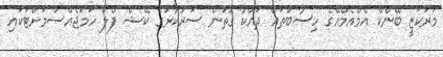
މަރުކަޒީ ބޭންކް އެމްއެމްއޭގެ ހިސާބުތައް ދައްކާ ގޮތުން ސަރުކާރުގެ ކޭޝް ފްލޯ ހަމަޖެއްސުމަށްޓަކައި